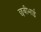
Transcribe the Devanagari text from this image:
छबीभाई